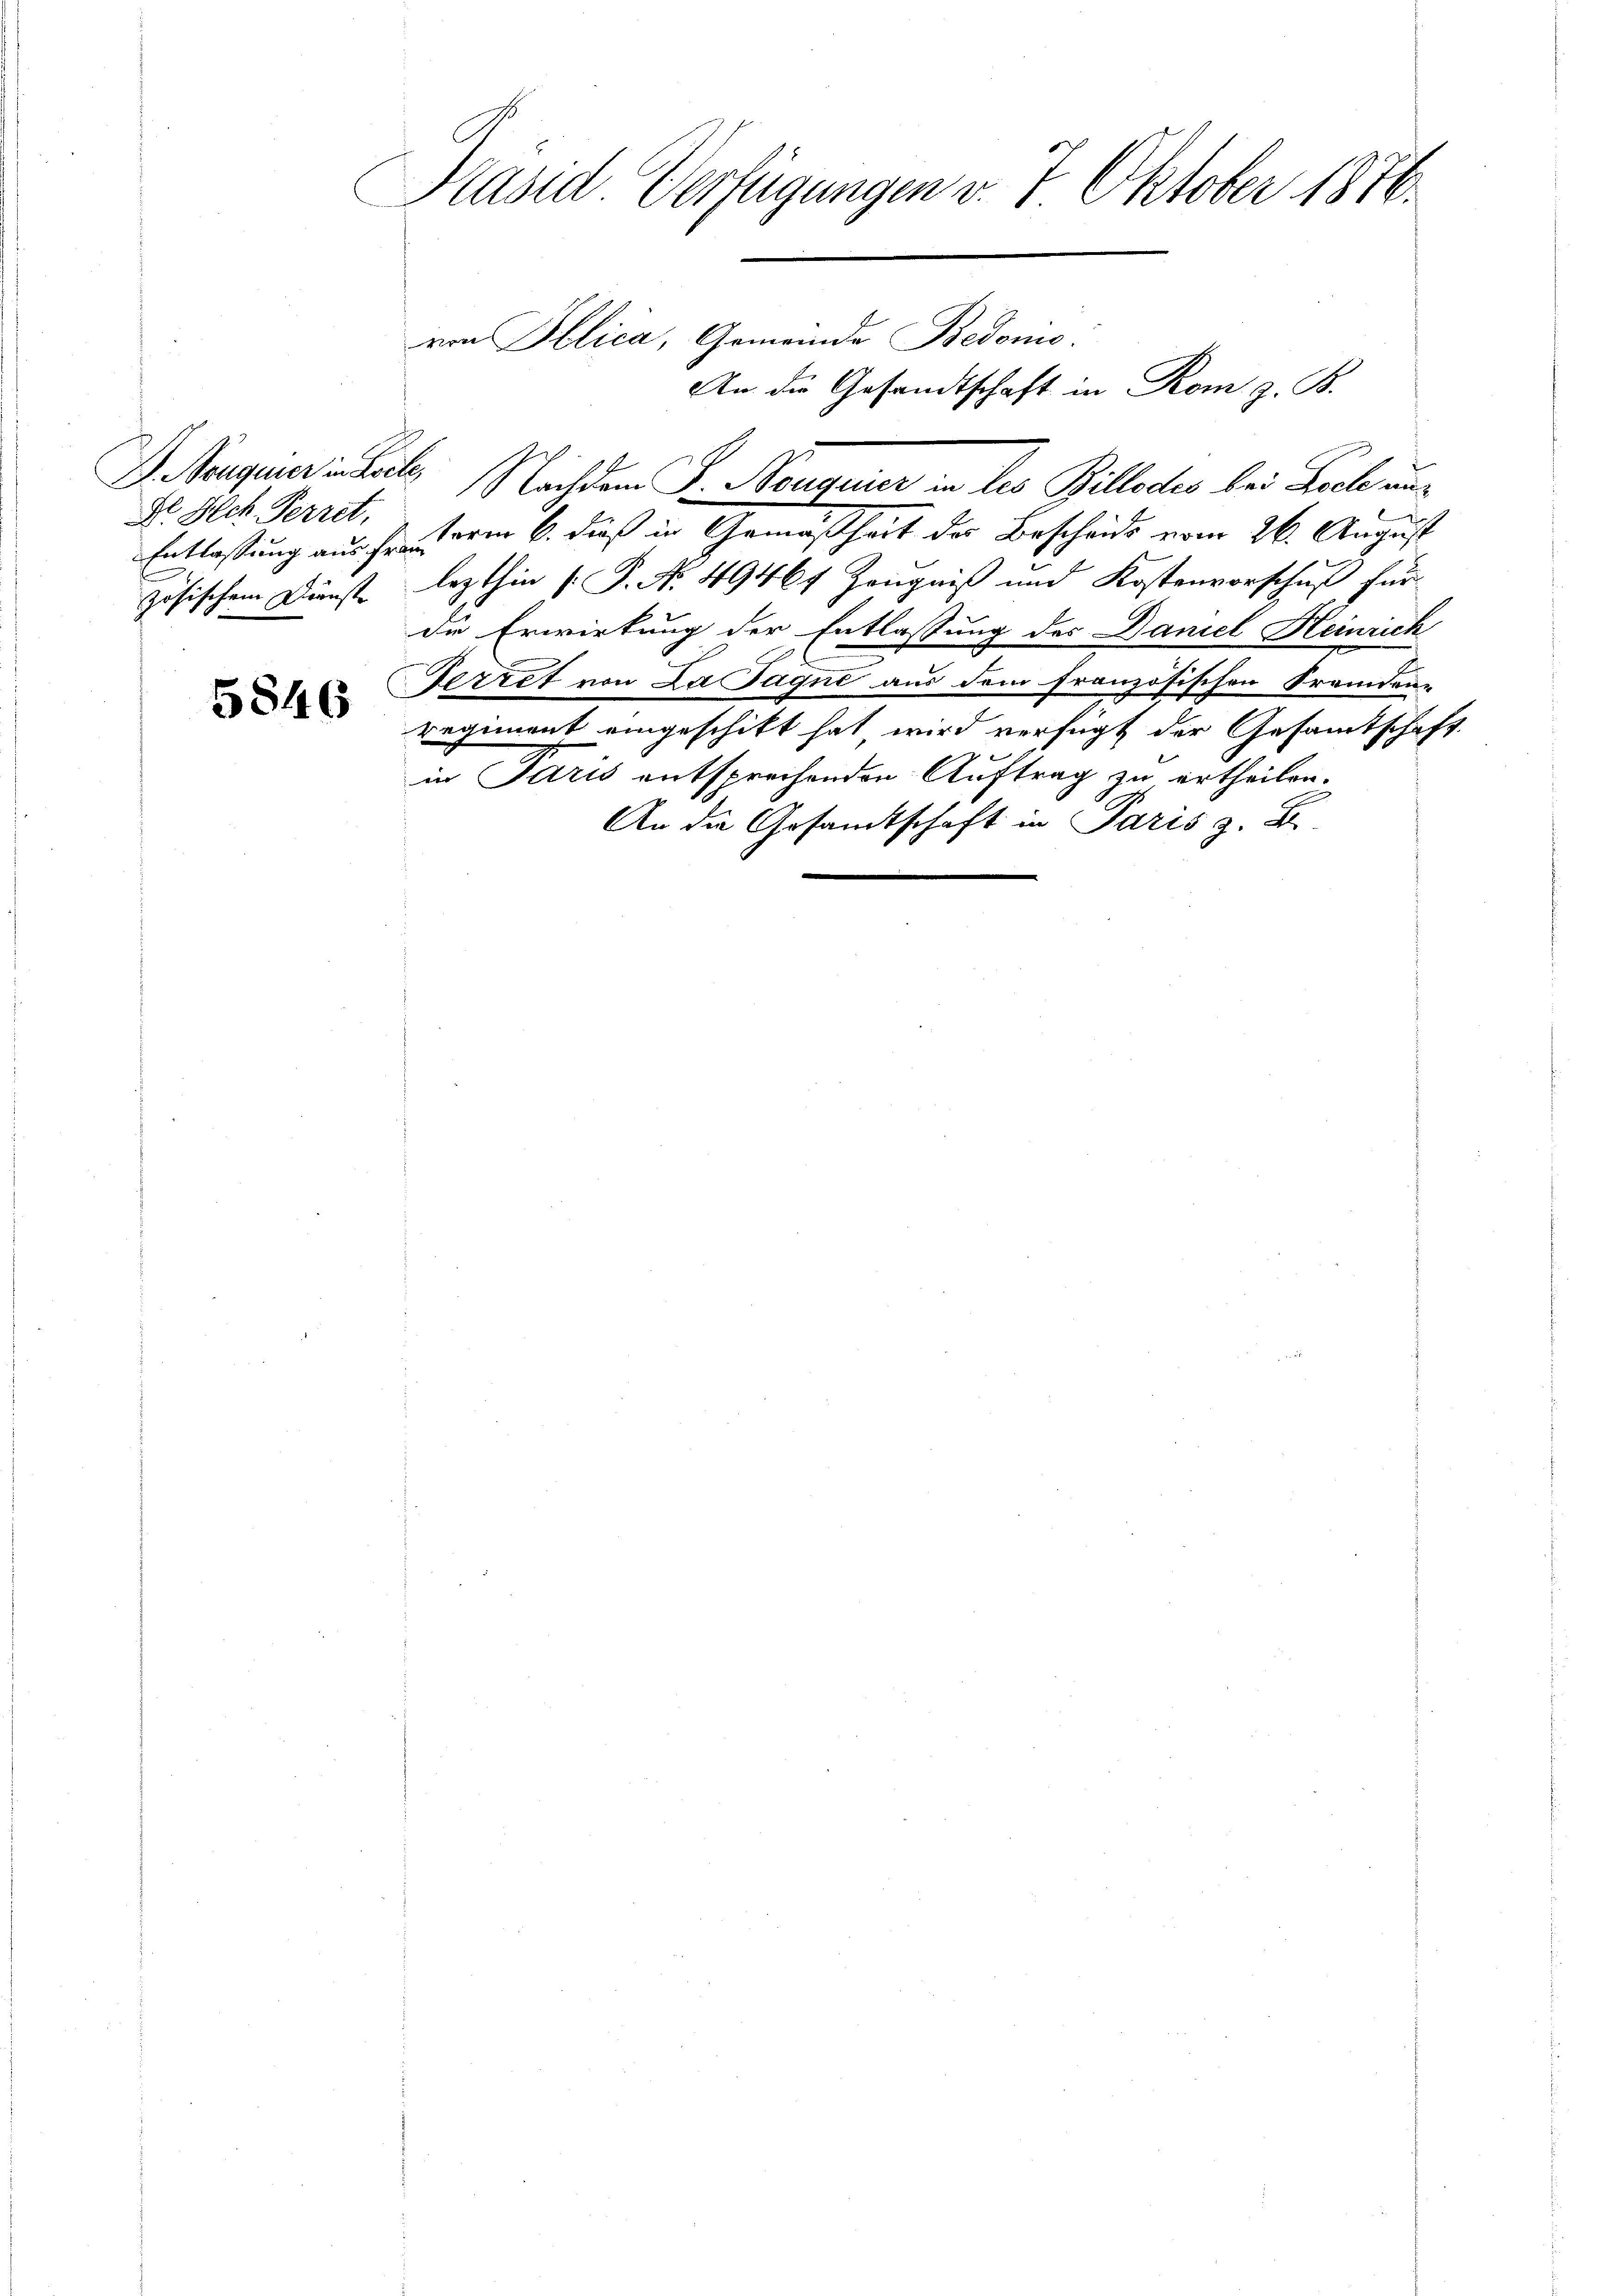
D. Bouquier in Loite
Nr. Ich Perret,

5846

Präsid Verfügungen v. 7. Oktober 1816.

von Sblica, Gemeinde Bedonis:
Nachdem P. Morgener in les Billedes bei Biche uns
Entlassung aus der Form 6. dieß in Gemäßheit der Bescheide vom 26. August
zösischem Dunste lezthin (: P. No. 49464 Zeugniß und Kostenvorschuß für
die Erwirkung der Entlassung des Daniel Heinrich
Ferret von La Jagné aus dem französischen Fremden-
regiment eingeschikt hat wird verfügt der Gesamtschaft
in Paris entsprechenden Auftrag zu ertheilen.
An die Gesamtschaft in Paris z. B.

An die Gesandtschaft in Rom z. B.